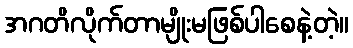
အဂတိလိုက်တာမျိုးမဖြစ်ပါစေနဲ့တဲ့။